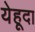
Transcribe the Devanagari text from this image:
येहूदा